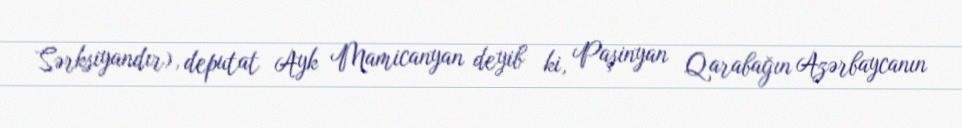
Sərksiyandır), deputat Ayk Mamicanyan deyib ki, Paşinyan Qarabağın Azərbaycanın